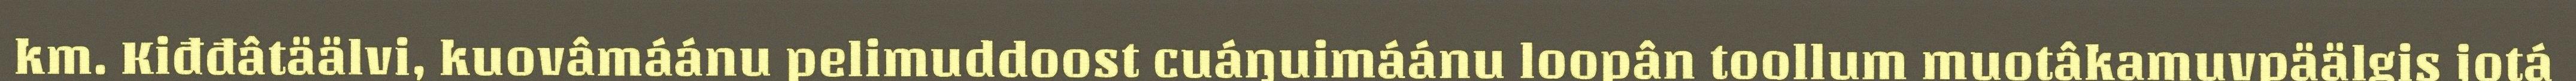
km. Kiđđâtäälvi, kuovâmáánu pelimuddoost cuáŋuimáánu loopân toollum muotâkamuvpäälgis jotá